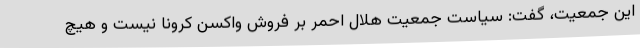
این جمعیت، گفت: سیاست جمعیت هلال احمر بر فروش واکسن کرونا نیست و هیچ